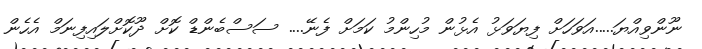
ނޫންވިއްޔަ.....އަވަހަށް ފިޔަވަޅު އެޅުން މުހިންމު ކަމަށްް ފެނޭ.... ސަސްބެންޑް ކޮށް ދޫކޮށްލައިފިނަމް އެހެން